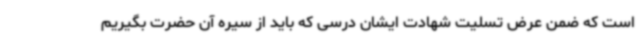
است که ضمن عرض تسلیت شهادت ایشان درسی که باید از سیره آن حضرت بگیریم